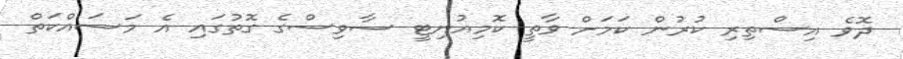
ދޮވެ އިސްތިރި ކުރުން ކަމަށް ވާތީ ކޮމިއުނިޓީ ސާވިސްގެ ގޮތުގައި އެ މަސައްކަތް